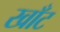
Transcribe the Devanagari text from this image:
खाँट